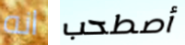
انه أصطحب